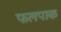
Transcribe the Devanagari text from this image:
फलपाक